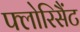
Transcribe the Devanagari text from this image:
फ्लोरिसैंट